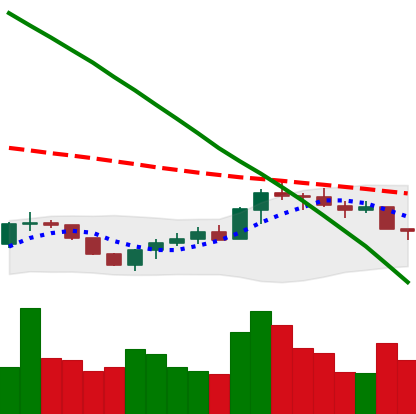
Ticker: BTC-USD
Chart end date: 2022-07-26
Forward return: 9.874%
Label: up_7plus